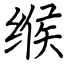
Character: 缑